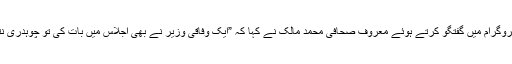
نجی ٹی وی کے پروگرام میں گفتگو کرتے ہوئے معروف صحافی محمد مالک نے کہا کہ ”ایک وفاقی وزیر نے بھی اجلاس میں بات کی تو چوہدری نثار کی بات ہوئی ۔